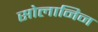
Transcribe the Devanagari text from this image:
सोलानिन